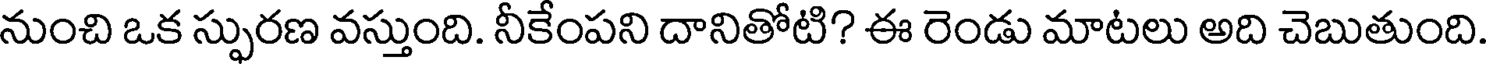
నుంచి ఒక స్ఫురణ వస్తుంది. నీకేంపని దానితోటి? ఈ రెండు మాటలు అది చెబుతుంది